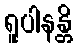
ရူပါနန္တိ